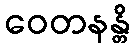
ဝေတနန္တိ